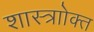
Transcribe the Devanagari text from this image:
शास्त्राोक्त